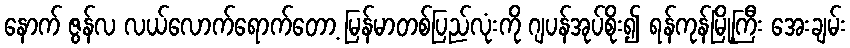
နောက် ဇွန်လ လယ်လောက်ရောက်တော့ မြန်မာတစ်ပြည်လုံးကို ဂျပန်အုပ်စိုး၍ ရန်ကုန်မြို့ကြီး အေးချမ်း